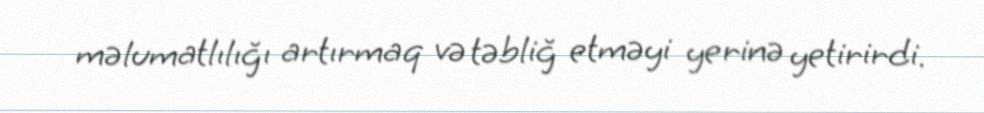
məlumatlılığı artırmaq və təbliğ etməyi yerinə yetirirdi.